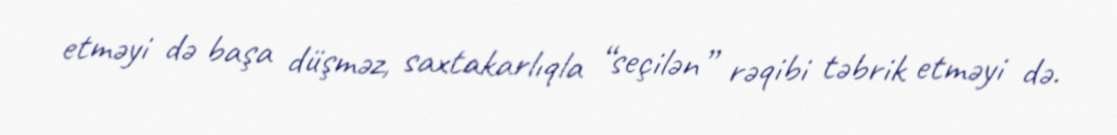
etməyi də başa düşməz, saxtakarlıqla “seçilən” rəqibi təbrik etməyi də.